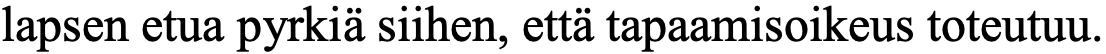
lapsen etua pyrkiä siihen, että tapaamisoikeus toteutuu.